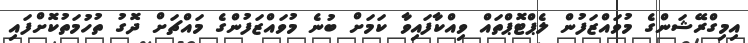
އިމިގްރޭޝަންގެ މުވައްޒަފުން ލެޕްޓޮޕްތައް ވިއްކާފައިވާ ކަމަށް ބުނެ މުވައްޒަފުންގެ މައްޗަށް ދޮގު ތުހުމަތުކޮށްފައި